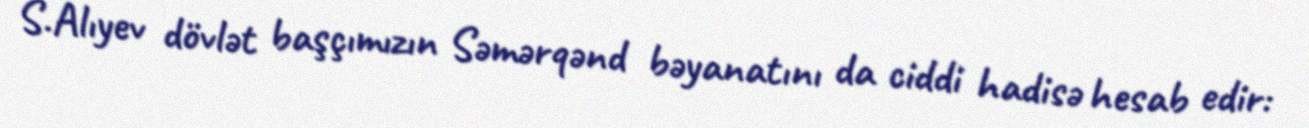
S.Alıyev dövlət başçımızın Səmərqənd bəyanatını da ciddi hadisə hesab edir: